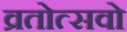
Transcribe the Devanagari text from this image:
व्रतोत्सवो